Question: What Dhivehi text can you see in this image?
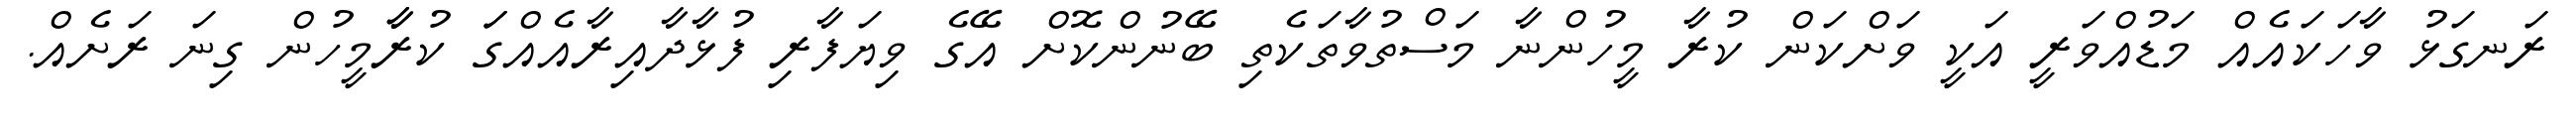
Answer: ރަނގަޅު ވާހަކައެއް މަޑުއްވަރީ އަކީ ވަށްކަން ކުރާ މީހުންނާ މަސްތުވާތަކެތި ބޭނުންކޮށް އޭގެ ވިޔަފާރި ފުޅާދާއިރާއެއްގަަ ކުރާާމީހުން ގިނަ ރަށެއް.